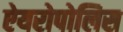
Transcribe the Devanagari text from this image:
ऐयरोपोलिस